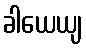
ခါယေယျ